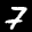
Label: 7